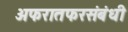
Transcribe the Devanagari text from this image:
अफरातफरसंबंधी